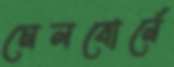
মেলবোর্নে